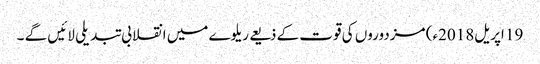
19 اپریل2018ء) مزدوروں کی قوت کے ذیعے ریلوے میں انقلابی تبدیلی لائیں گے ۔